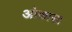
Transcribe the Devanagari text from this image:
ओकासा